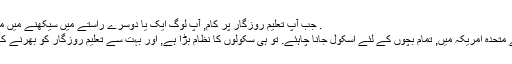
. جب آپ تعلیم روزگار پر کام, آپ لوگ ایک یا دوسرے راستے میں سیکھنے میں مدد ملے گی.
ریاست ہائے متحدہ امریکہ میں, تمام بچوں کے لئے اسکول جانا چاہئے. تو ہی سکولوں کا نظام بڑا ہے, اور بہت سے تعلیم روزگار کو بھرنے کے لئے ہیں ۔